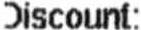
DISCOUNT: